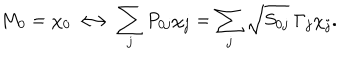
LaTeX: M _ { 0 } = \chi _ { 0 } \longleftrightarrow \sum _ { j } P _ { 0 j } \chi _ { j } = \sum _ { j } \sqrt { S _ { 0 j } } \ \Gamma _ { j } \chi _ { j } .